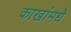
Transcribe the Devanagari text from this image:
काखांमधे